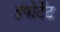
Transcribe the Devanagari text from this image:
इंपोर्टेंट